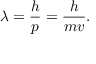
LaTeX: \lambda = { \frac { h } { p } } = { \frac { h } { m v } } .